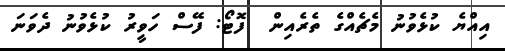
އިއްޔެ ކުޅެވުނު މެޗެއްގެ ތެރެއިން  ފޮޓޯ: ފޭސް ހަވީރު ކުޅެވުނު ދެވަނަ